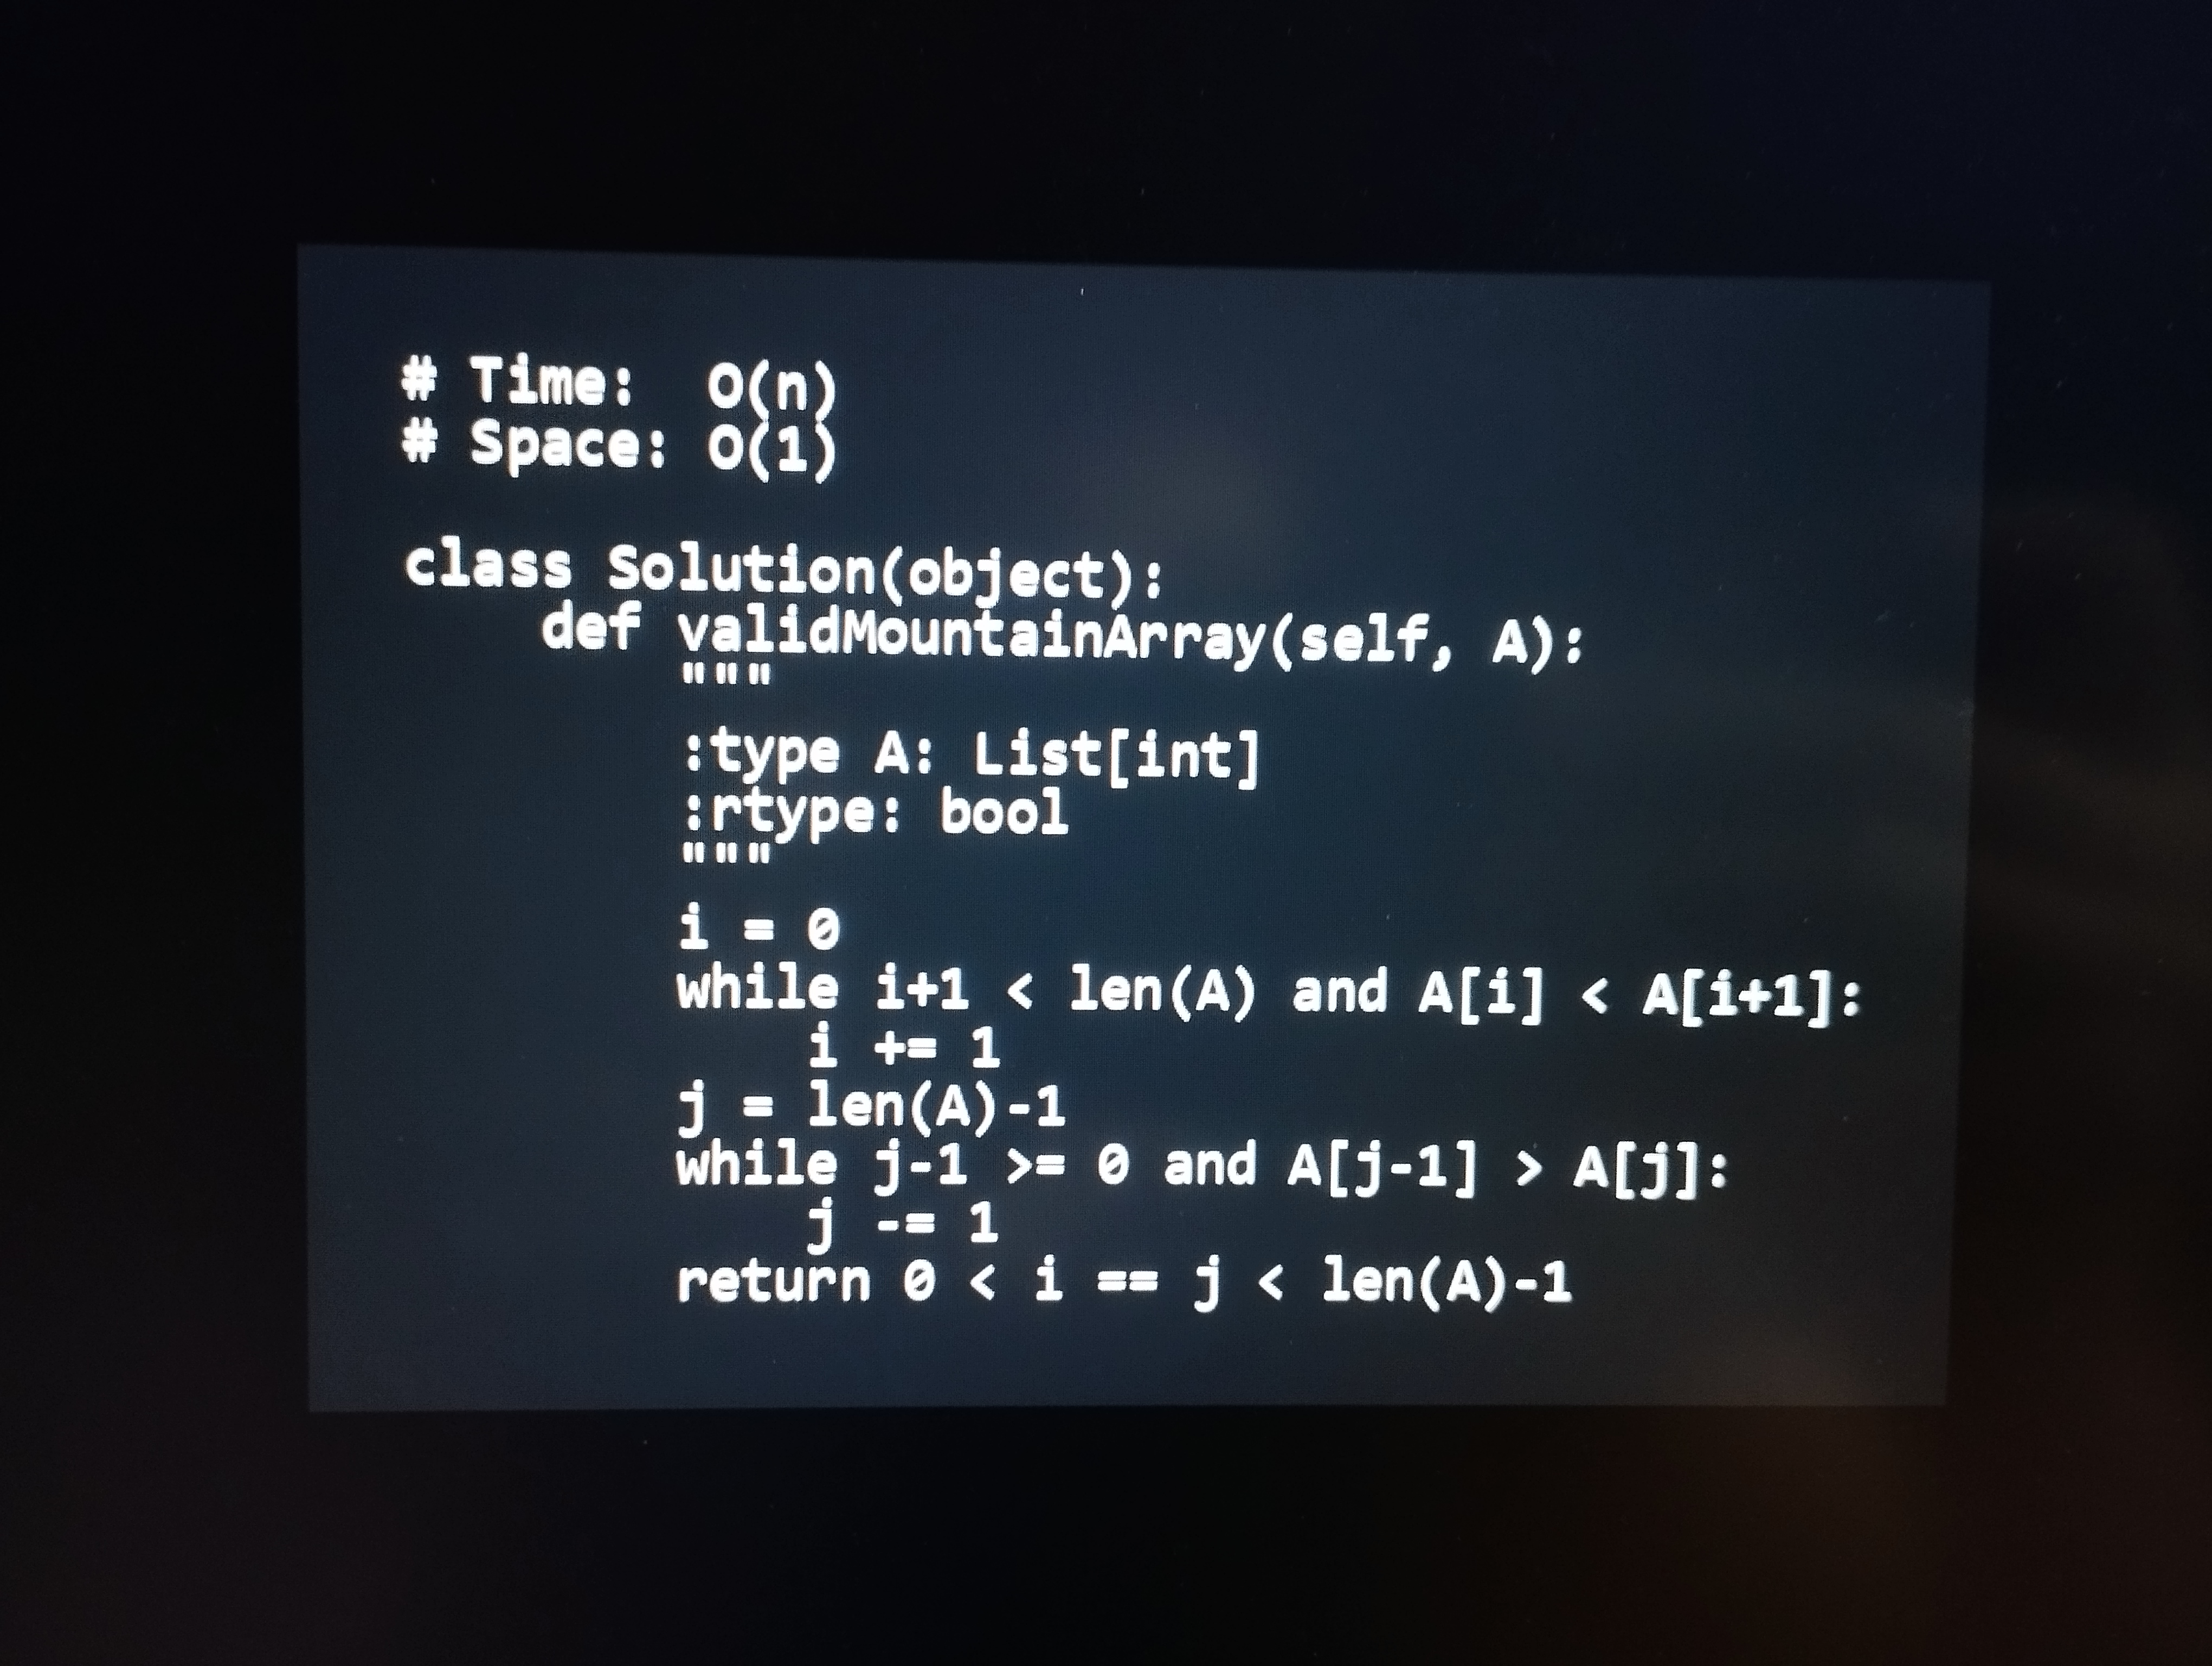
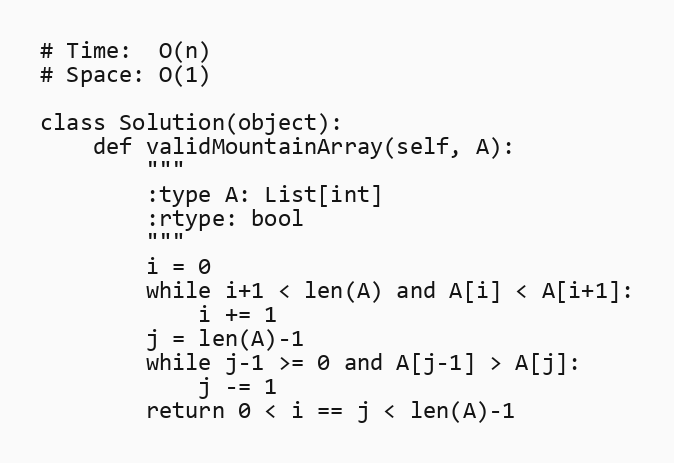
# Time:  O(n)
# Space: O(1)

class Solution(object):
    def validMountainArray(self, A):
        """
        :type A: List[int]
        :rtype: bool
        """
        i = 0
        while i+1 < len(A) and A[i] < A[i+1]:
            i += 1
        j = len(A)-1
        while j-1 >= 0 and A[j-1] > A[j]:
            j -= 1
        return 0 < i == j < len(A)-1